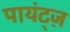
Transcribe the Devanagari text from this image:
पायंट्ज़